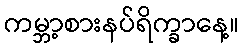
ကမ္ဘာ့စားနပ်ရိက္ခာနေ့။